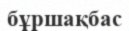
бұршақбас